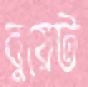
বুয়েট